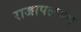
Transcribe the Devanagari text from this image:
राजापलयम